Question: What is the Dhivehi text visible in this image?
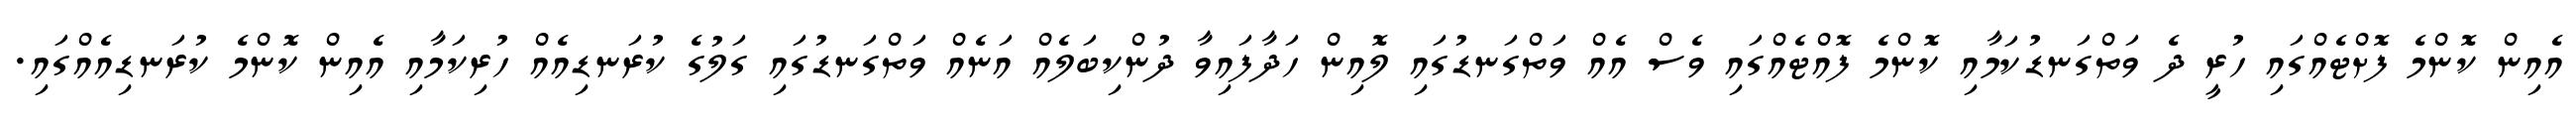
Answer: އެއިން ކޮންމެ ފޮށްޓެއްގައި ހުރީ ދެ ވަތްގަނޑުކަމާއި ކޮންމެ ފޮއްޓެއްގައި ވެސް އެއް ވަތްގަނޑުގައި ލޮއިން ހަދާފައިވާ ދުންކިބަލެއް އަނެއް ވަތްގަނޑުގައި ގަލުގެ ކުރަނޑިއެއް ހުރިކަމާއި އެއިން ކޮންމެ ކުރަނޑިއެއްގައި.